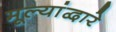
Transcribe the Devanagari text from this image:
मूल्यांद्वारे